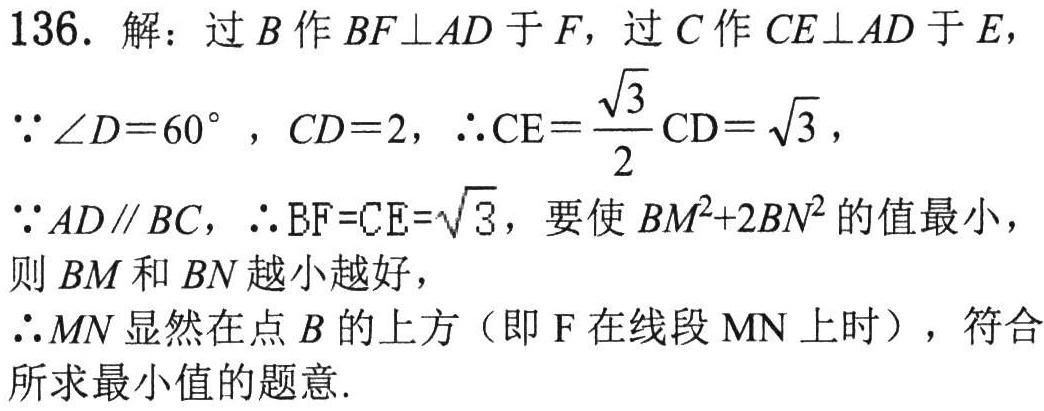
136. 解：过\(B\)作\(BF\perp AD\)于\(F\)，过\(C\)作\(CE\perp AD\)于\(E\)，

\(\because \angle D = 60^{\circ}\)，\(CD = 2\)，\(\therefore CE=\frac{\sqrt{3}}{2}CD=\sqrt{3}\)，

\(\because AD\parallel BC\)，\(\therefore BF = CE=\sqrt{3}\)，要使\(BM^{2}+2BN^{2}\)的值最小，

则\(BM\)和\(BN\)越小越好，

\(\therefore MN\)显然在点\(B\)的上方（即\(F\)在线段\(MN\)上时），符合

所求最小值的题意.